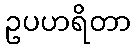
ဥပဟရိတာ